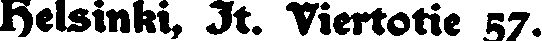
Helsinki, Jt. Viertotie 57.